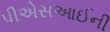
પીએસઆઈની